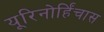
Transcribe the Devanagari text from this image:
यूरिनोर्हिंचास